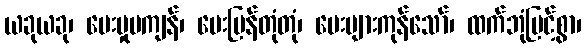
ယခုယခု၊ ပေးမှုမကျန်၊ ပေးပြန်တုံတုံ၊ ပေးများကုန်သော်၊ ထက်ဘုံမြင့်စွာ၊